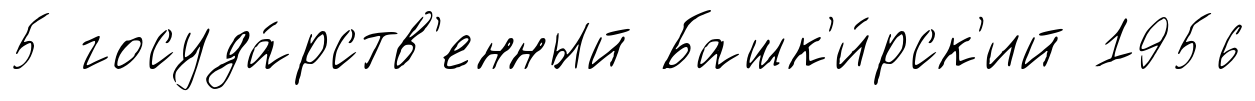
5 госуда́рств'енный Башк'и́рск'ий 1956